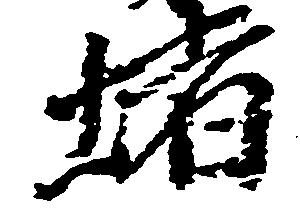
堵